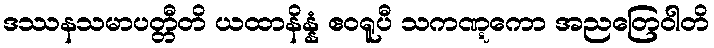
ဒဿနသမာပတ္တီတိ ယထာနိန္နံ ဧဝရူပီ သကဏ္ဋကော အညတြေဝါတိ